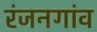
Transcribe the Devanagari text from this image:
रंजनगांव